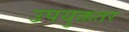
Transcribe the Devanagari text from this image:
उपयुक्ततर